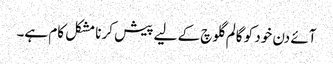
آئے دن خود کو گالم گلوچ کے لیے پیش کرنا مشکل کام ہے۔